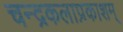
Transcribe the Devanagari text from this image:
चन्द्रकलाप्रकाशम्